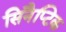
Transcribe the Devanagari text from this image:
सिनैप्टिक